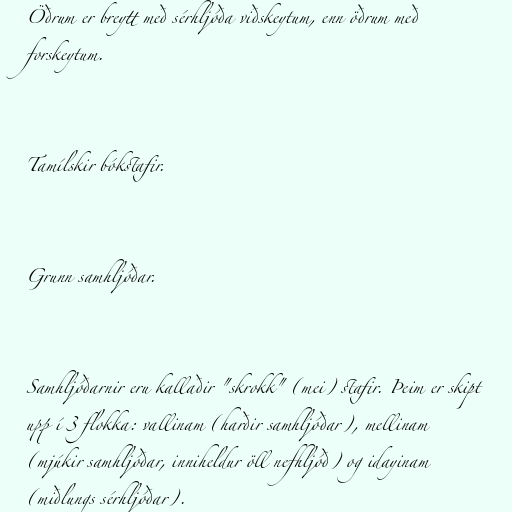
Öðrum er breytt með sérhljóða viðskeytum, enn öðrum með
forskeytum.

Tamílskir bókstafir.

Grunn samhljóðar.

Samhljóðarnir eru kallaðir "skrokk" (mei) stafir. Þeim er skipt
upp í 3 flokka: vallinam (harðir samhljóðar), mellinam
(mjúkir samhljóðar, inniheldur öll nefhljóð) og idayinam
(miðlungs sérhljóðar).